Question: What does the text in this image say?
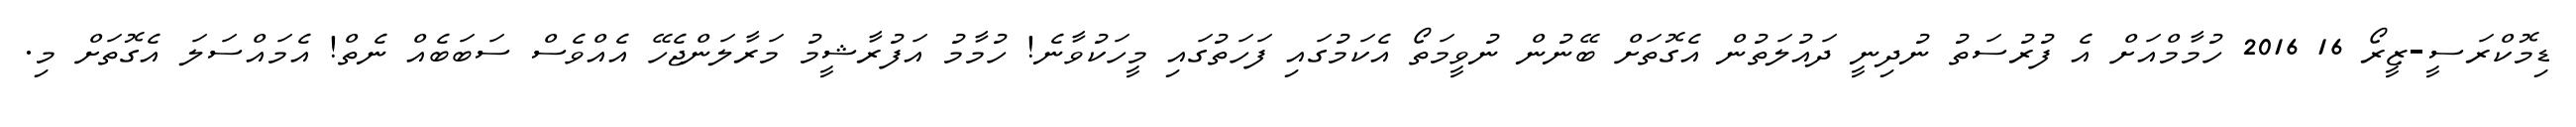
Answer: ޑިމޮކްރަސީ-ޒީރޯ 16 2016 ހުމާމްއަށް އެ ފުރުސަތު ނުދިނީ ދައުލަތުން އެގޮތަށް ބޭނުން ނުވީމަތޯ އެކަމުގައި ފަހަތުގައި މީހަކުވާނެ! ހުމާމު އަފުރާޝީމު މަރާލަންޖެހޭ އެއްވެސް ސަބަބެއް ނެތް! އެމައްސަލަ އެގޮތަށް މި.